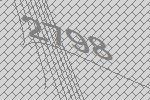
2798